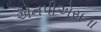
એનપીએસના